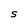
Character: S